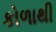
કોળાથી